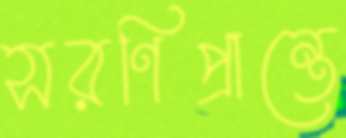
সরণিপ্রান্তে